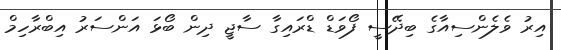
އިރު ވެލެންސިއާގެ ބިދޭސީ ފޯވަޑް ޑްރައިގާ ސާޖީ ދިން ބޯޅަ އަންސަރު އިބްރާހިމް